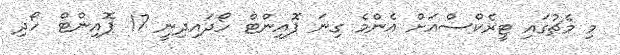
މި މެޗުގައި ޓީރެކްސްއަށް އެންމެ ގިނަ ޕޮއިންޓް ހޯދައިދިނީ 17 ޕޮއިންޓް ހޯދި